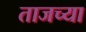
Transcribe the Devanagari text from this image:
ताजच्या